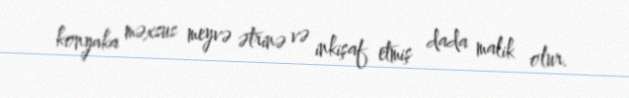
konyaka məxsus meyvə ətrinə və inkişaf etmiş dada malik olur.